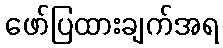
ဖော်ပြထားချက်အရ